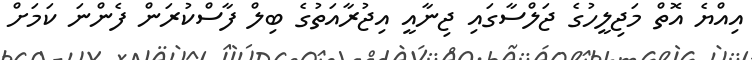
އިއްޔެ އޮތް މަޖިލީހުގެ ޖަލްސާގައި ޖިނާއީ އިޖުރާއަތުގެ ބިލް ފާސްކުރަން ފެންނަ ކަމަށް